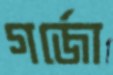
গর্জো